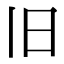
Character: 旧